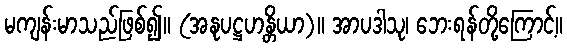
မကျန်းမာသည်ဖြစ်၍။ (အနုပဋ္ဌဟန္တိယာ)။ အာပဒါသု၊ ဘေးရန်တို့ကြောင့်။